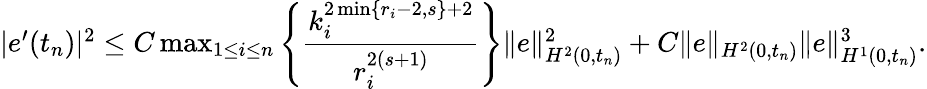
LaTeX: \begin{array}{r}{|e^{\prime}(t_{n})|^{2}\le C\operatorname*{max}_{1\leq i\leq n}\left\{ \displaystyle\frac{k_{i}^{2\operatorname*{min}\{ r_{i}-2,s\} +2}}{r_{i}^{2(s+1)}}\right\} \| e\| _{H^{2}(0,t_{n})}^{2}+C\| e\| _{H^{2}(0,t_{n})}\| e\| _{H^{1}(0,t_{n})}^{3}.}\end{array}